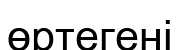
өртегені